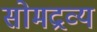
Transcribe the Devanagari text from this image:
सोमद्रव्य